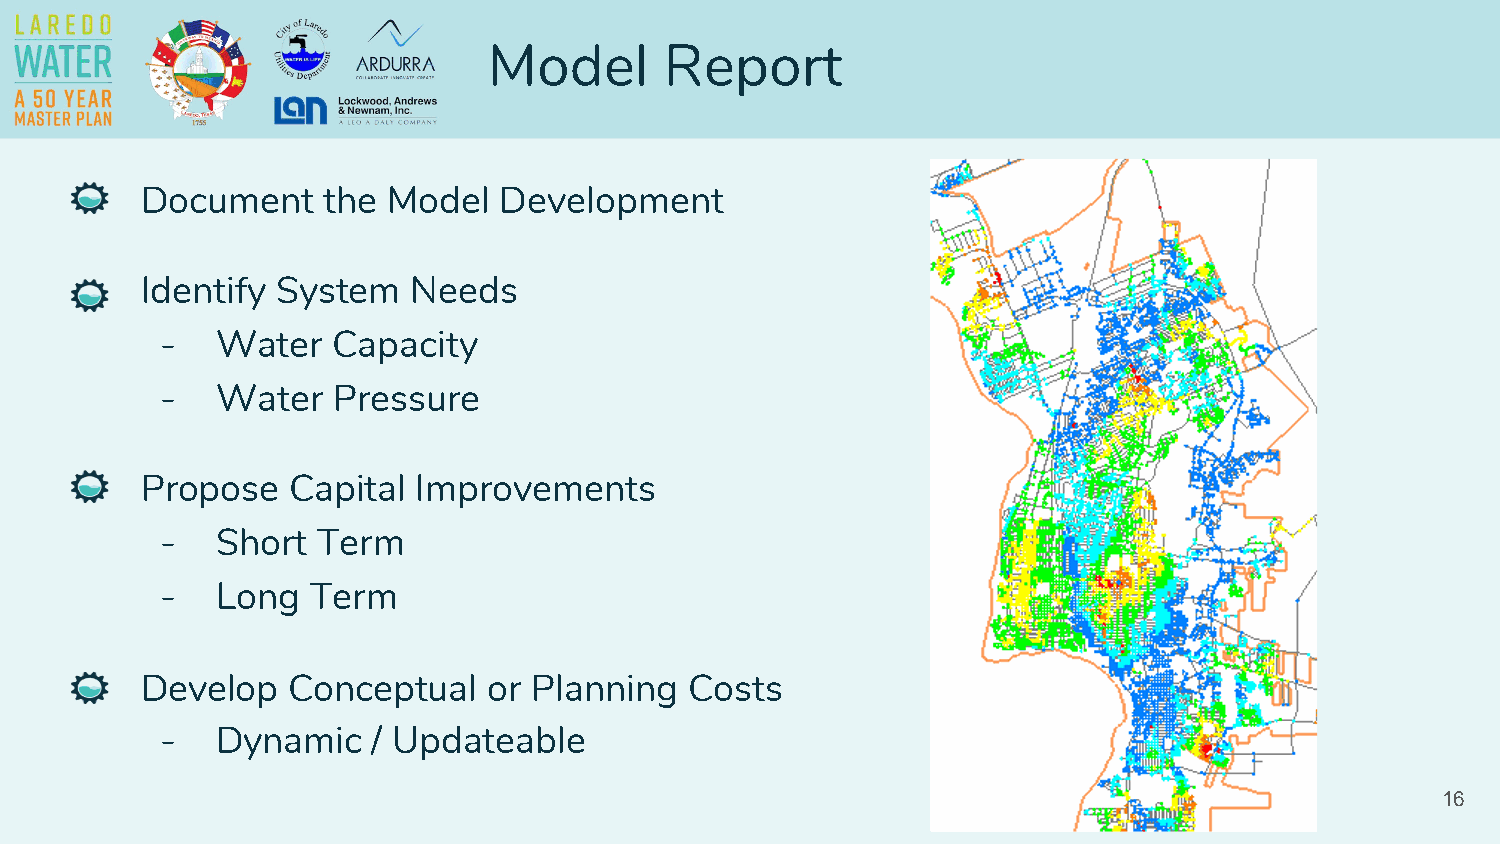
Model       Report
 Document    the  Model  Development
 Identify System   Needs
 -  Water   Capacity
 -  Water   Pressure
 Propose   Capital  Improvements
 -  Short  Term
 -  Long   Term
 Develop   Conceptual   or Planning   Costs
 -  Dynamic    / Updateable
 16